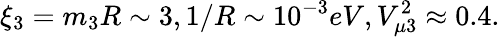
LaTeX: \xi_{3}=m_{3}R\sim 3,1/R\sim 10^{-3}eV,V_{\mu 3}^{2}\approx 0.4.